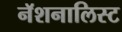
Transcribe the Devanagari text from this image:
नॅशनालिस्ट